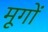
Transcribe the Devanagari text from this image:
मूगों